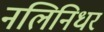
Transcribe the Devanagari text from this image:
नलिनिधर